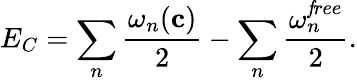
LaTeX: E_{C}=\sum_{n}{\frac{\omega_{n}({\mathbf c})}{2}}-\sum_{n}{\frac{\omega_{n}^{\mathit free}}{2}}.